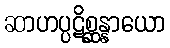
ဆာဟပ္ပဋိစ္ဆန္နာယော